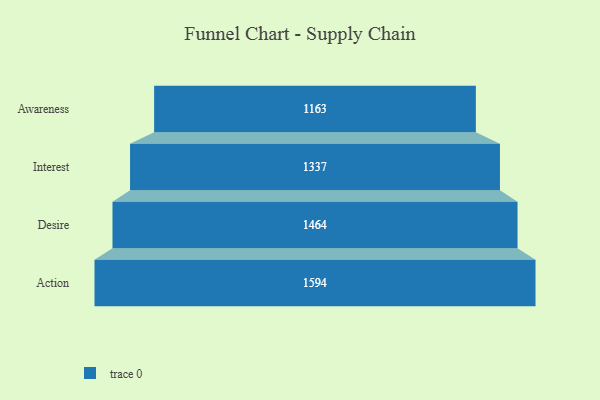
{"axis": {"x": "Stage", "y": "Value"}, "legend": [""], "data": [{"x": "Awareness", "y": 1163.0, "type": ""}, {"x": "Interest", "y": 1337.0, "type": ""}, {"x": "Desire", "y": 1464.0, "type": ""}, {"x": "Action", "y": 1594.0, "type": ""}]}